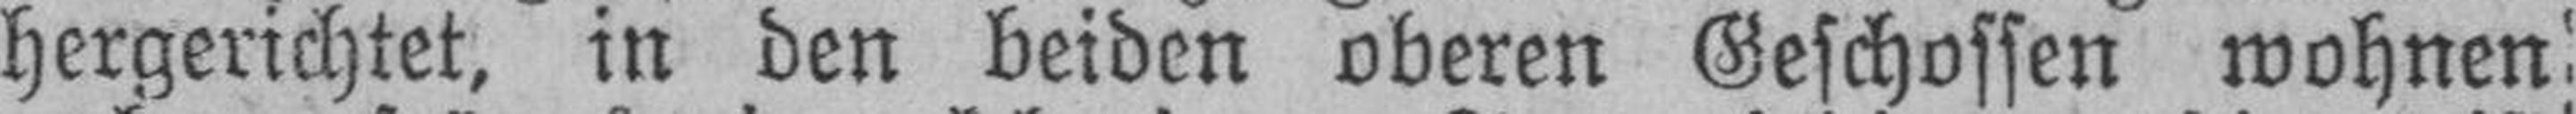
hergerichtet, in den beiden oberen Geschossen wohnen